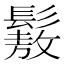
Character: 𩮯